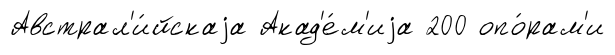
Австрал'и́йскаjа Акад'е́м'иjа 200 опо́рам'и